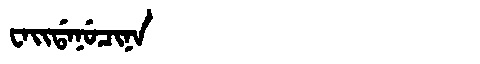
Manchu: ᠸᠠᡳᡩᠠᠨᡠᠴᡳᠨᠠ
Romanization: WAIDANUCINA